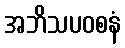
အဘိသပဝစနံ